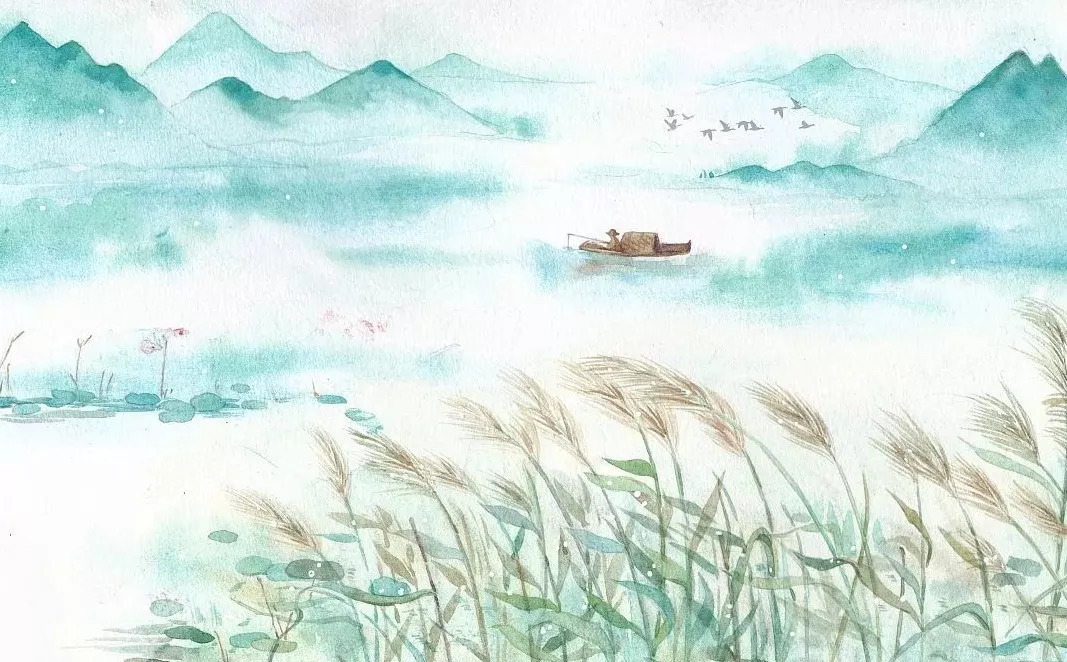
西风八九月，积地秋云黄。